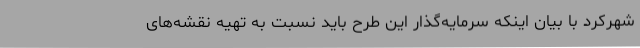
شهرکرد با بیان اینکه سرمایه‌گذار این طرح باید نسبت به تهیه نقشه‌های